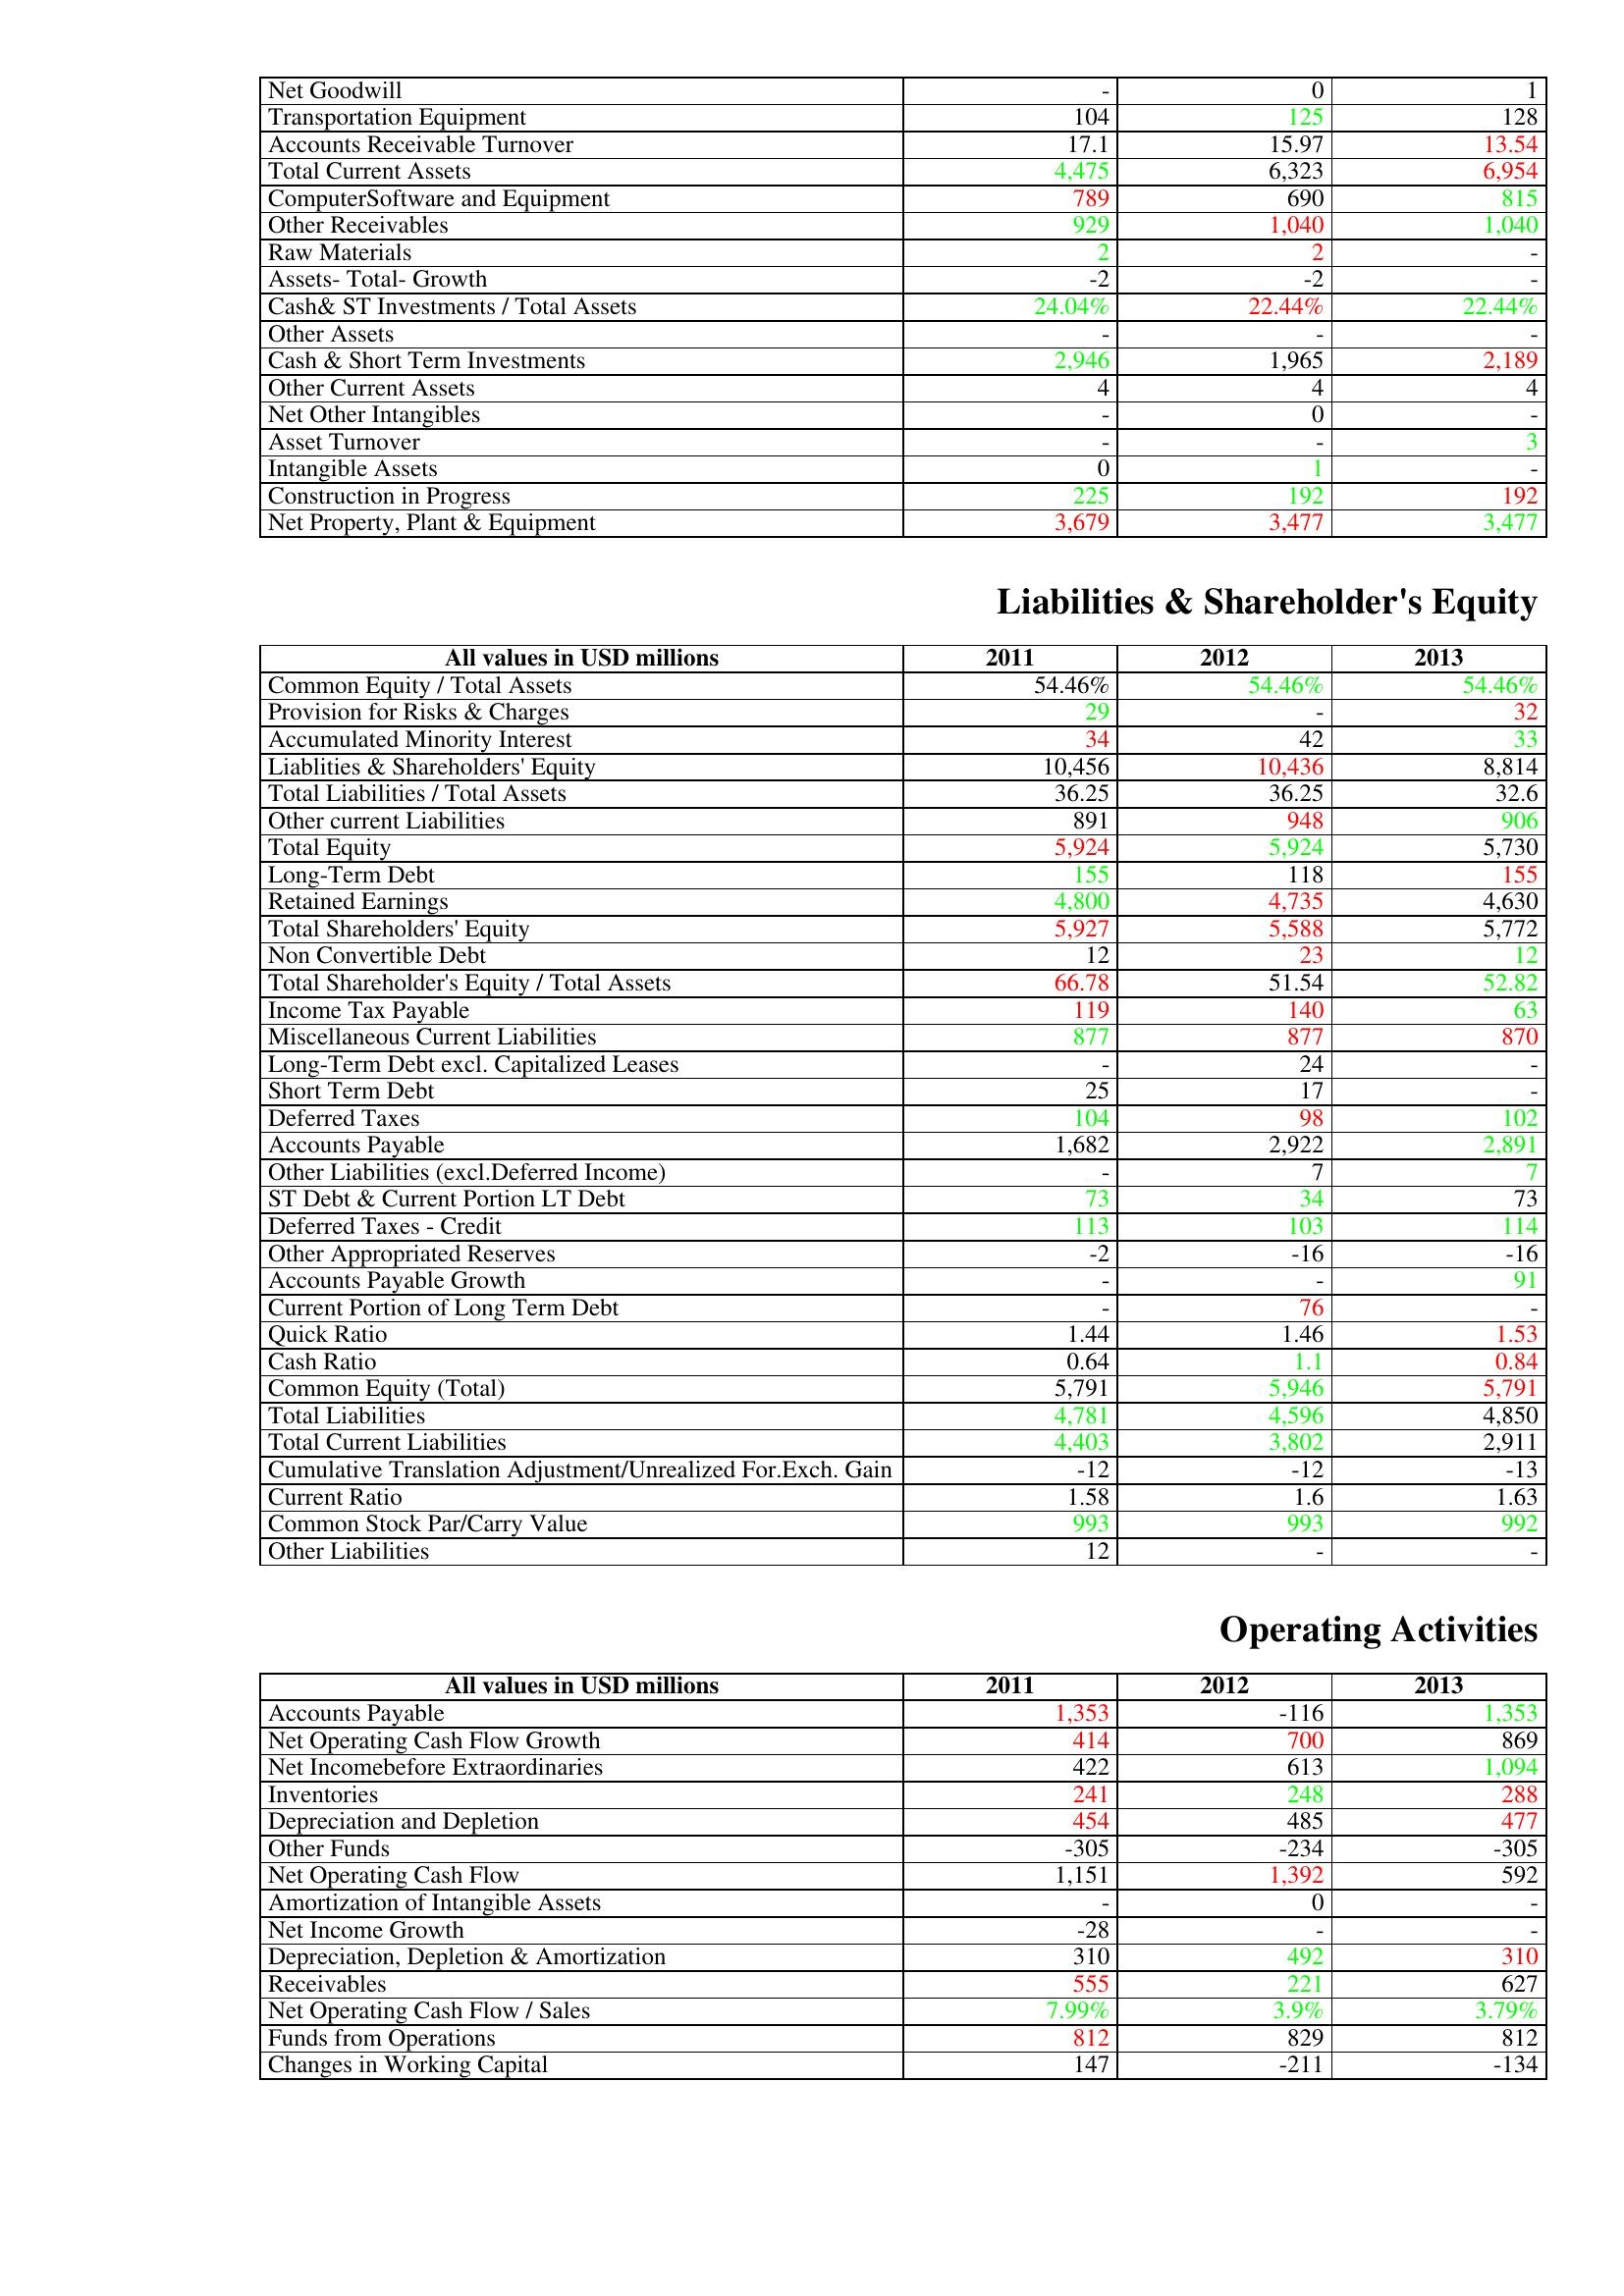
gt_parse: 2011: Assets: Net Goodwill: -
Transportation Equipment: 104
Accounts Receivable Turnover: 17.1
Total Current Assets: 4,475
ComputerSoftware and Equipment: 789
Other Receivables: 929
Raw Materials: 2
Assets- Total- Growth: -2
Cash& ST Investments / Total Assets: 24.04%
Other Assets: -
Cash & Short Term Investments: 2,946
Other Current Assets: 4
Net Other Intangibles: -
Asset Turnover: -
Intangible Assets: 0
Construction in Progress: 225
Net Property, Plant & Equipment: 3,679
Liabilities & Shareholder's Equity: Common Equity / Total Assets: 54.46%
Provision for Risks & Charges: 29
Accumulated Minority Interest: 34
Liablities & Shareholders' Equity: 10,456
Total Liabilities / Total Assets: 36.25
Other current Liabilities: 891
Total Equity: 5,924
Long-Term Debt: 155
Retained Earnings: 4,800
Total Shareholders' Equity: 5,927
Non Convertible Debt: 12
Total Shareholder's Equity / Total Assets: 66.78
Income Tax Payable: 119
Miscellaneous Current Liabilities: 877
Long-Term Debt excl. Capitalized Leases: -
Short Term Debt: 25
Deferred Taxes: 104
Accounts Payable: 1,682
Other Liabilities (excl.Deferred Income): -
ST Debt & Current Portion LT Debt: 73
Deferred Taxes - Credit: 113
Other Appropriated Reserves: -2
Accounts Payable Growth: -
Current Portion of Long Term Debt: -
Quick Ratio: 1.44
Cash Ratio: 0.64
Common Equity (Total): 5,791
Total Liabilities: 4,781
Total Current Liabilities: 4,403
Cumulative Translation Adjustment/Unrealized For.Exch. Gain: -12
Current Ratio: 1.58
Common Stock Par/Carry Value: 993
Other Liabilities: 12
Operating Activities: Accounts Payable: 1,353
Net Operating Cash Flow Growth: 414
Net Incomebefore Extraordinaries: 422
Inventories: 241
Depreciation and Depletion: 454
Other Funds: -305
Net Operating Cash Flow: 1,151
Amortization of Intangible Assets: -
Net Income Growth: -28
Depreciation, Depletion & Amortization: 310
Receivables: 555
Net Operating Cash Flow / Sales: 7.99%
Funds from Operations: 812
Changes in Working Capital: 147
2012: Assets: Net Goodwill: 0
Transportation Equipment: 125
Accounts Receivable Turnover: 15.97
Total Current Assets: 6,323
ComputerSoftware and Equipment: 690
Other Receivables: 1,040
Raw Materials: 2
Assets- Total- Growth: -2
Cash& ST Investments / Total Assets: 22.44%
Other Assets: -
Cash & Short Term Investments: 1,965
Other Current Assets: 4
Net Other Intangibles: 0
Asset Turnover: -
Intangible Assets: 1
Construction in Progress: 192
Net Property, Plant & Equipment: 3,477
Liabilities & Shareholder's Equity: Common Equity / Total Assets: 54.46%
Provision for Risks & Charges: -
Accumulated Minority Interest: 42
Liablities & Shareholders' Equity: 10,436
Total Liabilities / Total Assets: 36.25
Other current Liabilities: 948
Total Equity: 5,924
Long-Term Debt: 118
Retained Earnings: 4,735
Total Shareholders' Equity: 5,588
Non Convertible Debt: 23
Total Shareholder's Equity / Total Assets: 51.54
Income Tax Payable: 140
Miscellaneous Current Liabilities: 877
Long-Term Debt excl. Capitalized Leases: 24
Short Term Debt: 17
Deferred Taxes: 98
Accounts Payable: 2,922
Other Liabilities (excl.Deferred Income): 7
ST Debt & Current Portion LT Debt: 34
Deferred Taxes - Credit: 103
Other Appropriated Reserves: -16
Accounts Payable Growth: -
Current Portion of Long Term Debt: 76
Quick Ratio: 1.46
Cash Ratio: 1.1
Common Equity (Total): 5,946
Total Liabilities: 4,596
Total Current Liabilities: 3,802
Cumulative Translation Adjustment/Unrealized For.Exch. Gain: -12
Current Ratio: 1.6
Common Stock Par/Carry Value: 993
Other Liabilities: -
Operating Activities: Accounts Payable: -116
Net Operating Cash Flow Growth: 700
Net Incomebefore Extraordinaries: 613
Inventories: 248
Depreciation and Depletion: 485
Other Funds: -234
Net Operating Cash Flow: 1,392
Amortization of Intangible Assets: 0
Net Income Growth: -
Depreciation, Depletion & Amortization: 492
Receivables: 221
Net Operating Cash Flow / Sales: 3.9%
Funds from Operations: 829
Changes in Working Capital: -211
2013: Assets: Net Goodwill: 1
Transportation Equipment: 128
Accounts Receivable Turnover: 13.54
Total Current Assets: 6,954
ComputerSoftware and Equipment: 815
Other Receivables: 1,040
Raw Materials: -
Assets- Total- Growth: -
Cash& ST Investments / Total Assets: 22.44%
Other Assets: -
Cash & Short Term Investments: 2,189
Other Current Assets: 4
Net Other Intangibles: -
Asset Turnover: 3
Intangible Assets: -
Construction in Progress: 192
Net Property, Plant & Equipment: 3,477
Liabilities & Shareholder's Equity: Common Equity / Total Assets: 54.46%
Provision for Risks & Charges: 32
Accumulated Minority Interest: 33
Liablities & Shareholders' Equity: 8,814
Total Liabilities / Total Assets: 32.6
Other current Liabilities: 906
Total Equity: 5,730
Long-Term Debt: 155
Retained Earnings: 4,630
Total Shareholders' Equity: 5,772
Non Convertible Debt: 12
Total Shareholder's Equity / Total Assets: 52.82
Income Tax Payable: 63
Miscellaneous Current Liabilities: 870
Long-Term Debt excl. Capitalized Leases: -
Short Term Debt: -
Deferred Taxes: 102
Accounts Payable: 2,891
Other Liabilities (excl.Deferred Income): 7
ST Debt & Current Portion LT Debt: 73
Deferred Taxes - Credit: 114
Other Appropriated Reserves: -16
Accounts Payable Growth: 91
Current Portion of Long Term Debt: -
Quick Ratio: 1.53
Cash Ratio: 0.84
Common Equity (Total): 5,791
Total Liabilities: 4,850
Total Current Liabilities: 2,911
Cumulative Translation Adjustment/Unrealized For.Exch. Gain: -13
Current Ratio: 1.63
Common Stock Par/Carry Value: 992
Other Liabilities: -
Operating Activities: Accounts Payable: 1,353
Net Operating Cash Flow Growth: 869
Net Incomebefore Extraordinaries: 1,094
Inventories: 288
Depreciation and Depletion: 477
Other Funds: -305
Net Operating Cash Flow: 592
Amortization of Intangible Assets: -
Net Income Growth: -
Depreciation, Depletion & Amortization: 310
Receivables: 627
Net Operating Cash Flow / Sales: 3.79%
Funds from Operations: 812
Changes in Working Capital: -134